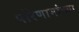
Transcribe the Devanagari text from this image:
परिणामांच्या